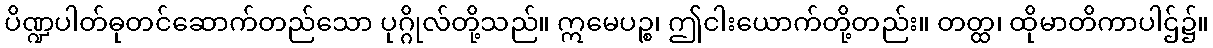
ပိဏ္ဍပါတ်ဓုတင်ဆောက်တည်သော ပုဂ္ဂိုလ်တို့သည်။ ဣမေပဉ္စ၊ ဤငါးယောက်တို့တည်း။ တတ္ထ၊ ထိုမာတိကာပါဌ်၌။